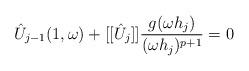
LaTeX: \begin{align*}\hat{U}_{j-1}(1,\omega) + [[\hat{U}_j]]\frac{g(\omega h_j)}{(\omega h_j)^{p+1}} = 0\end{align*}